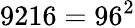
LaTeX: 9216=96^{2}